Virumaa_algkoolid, lk 15
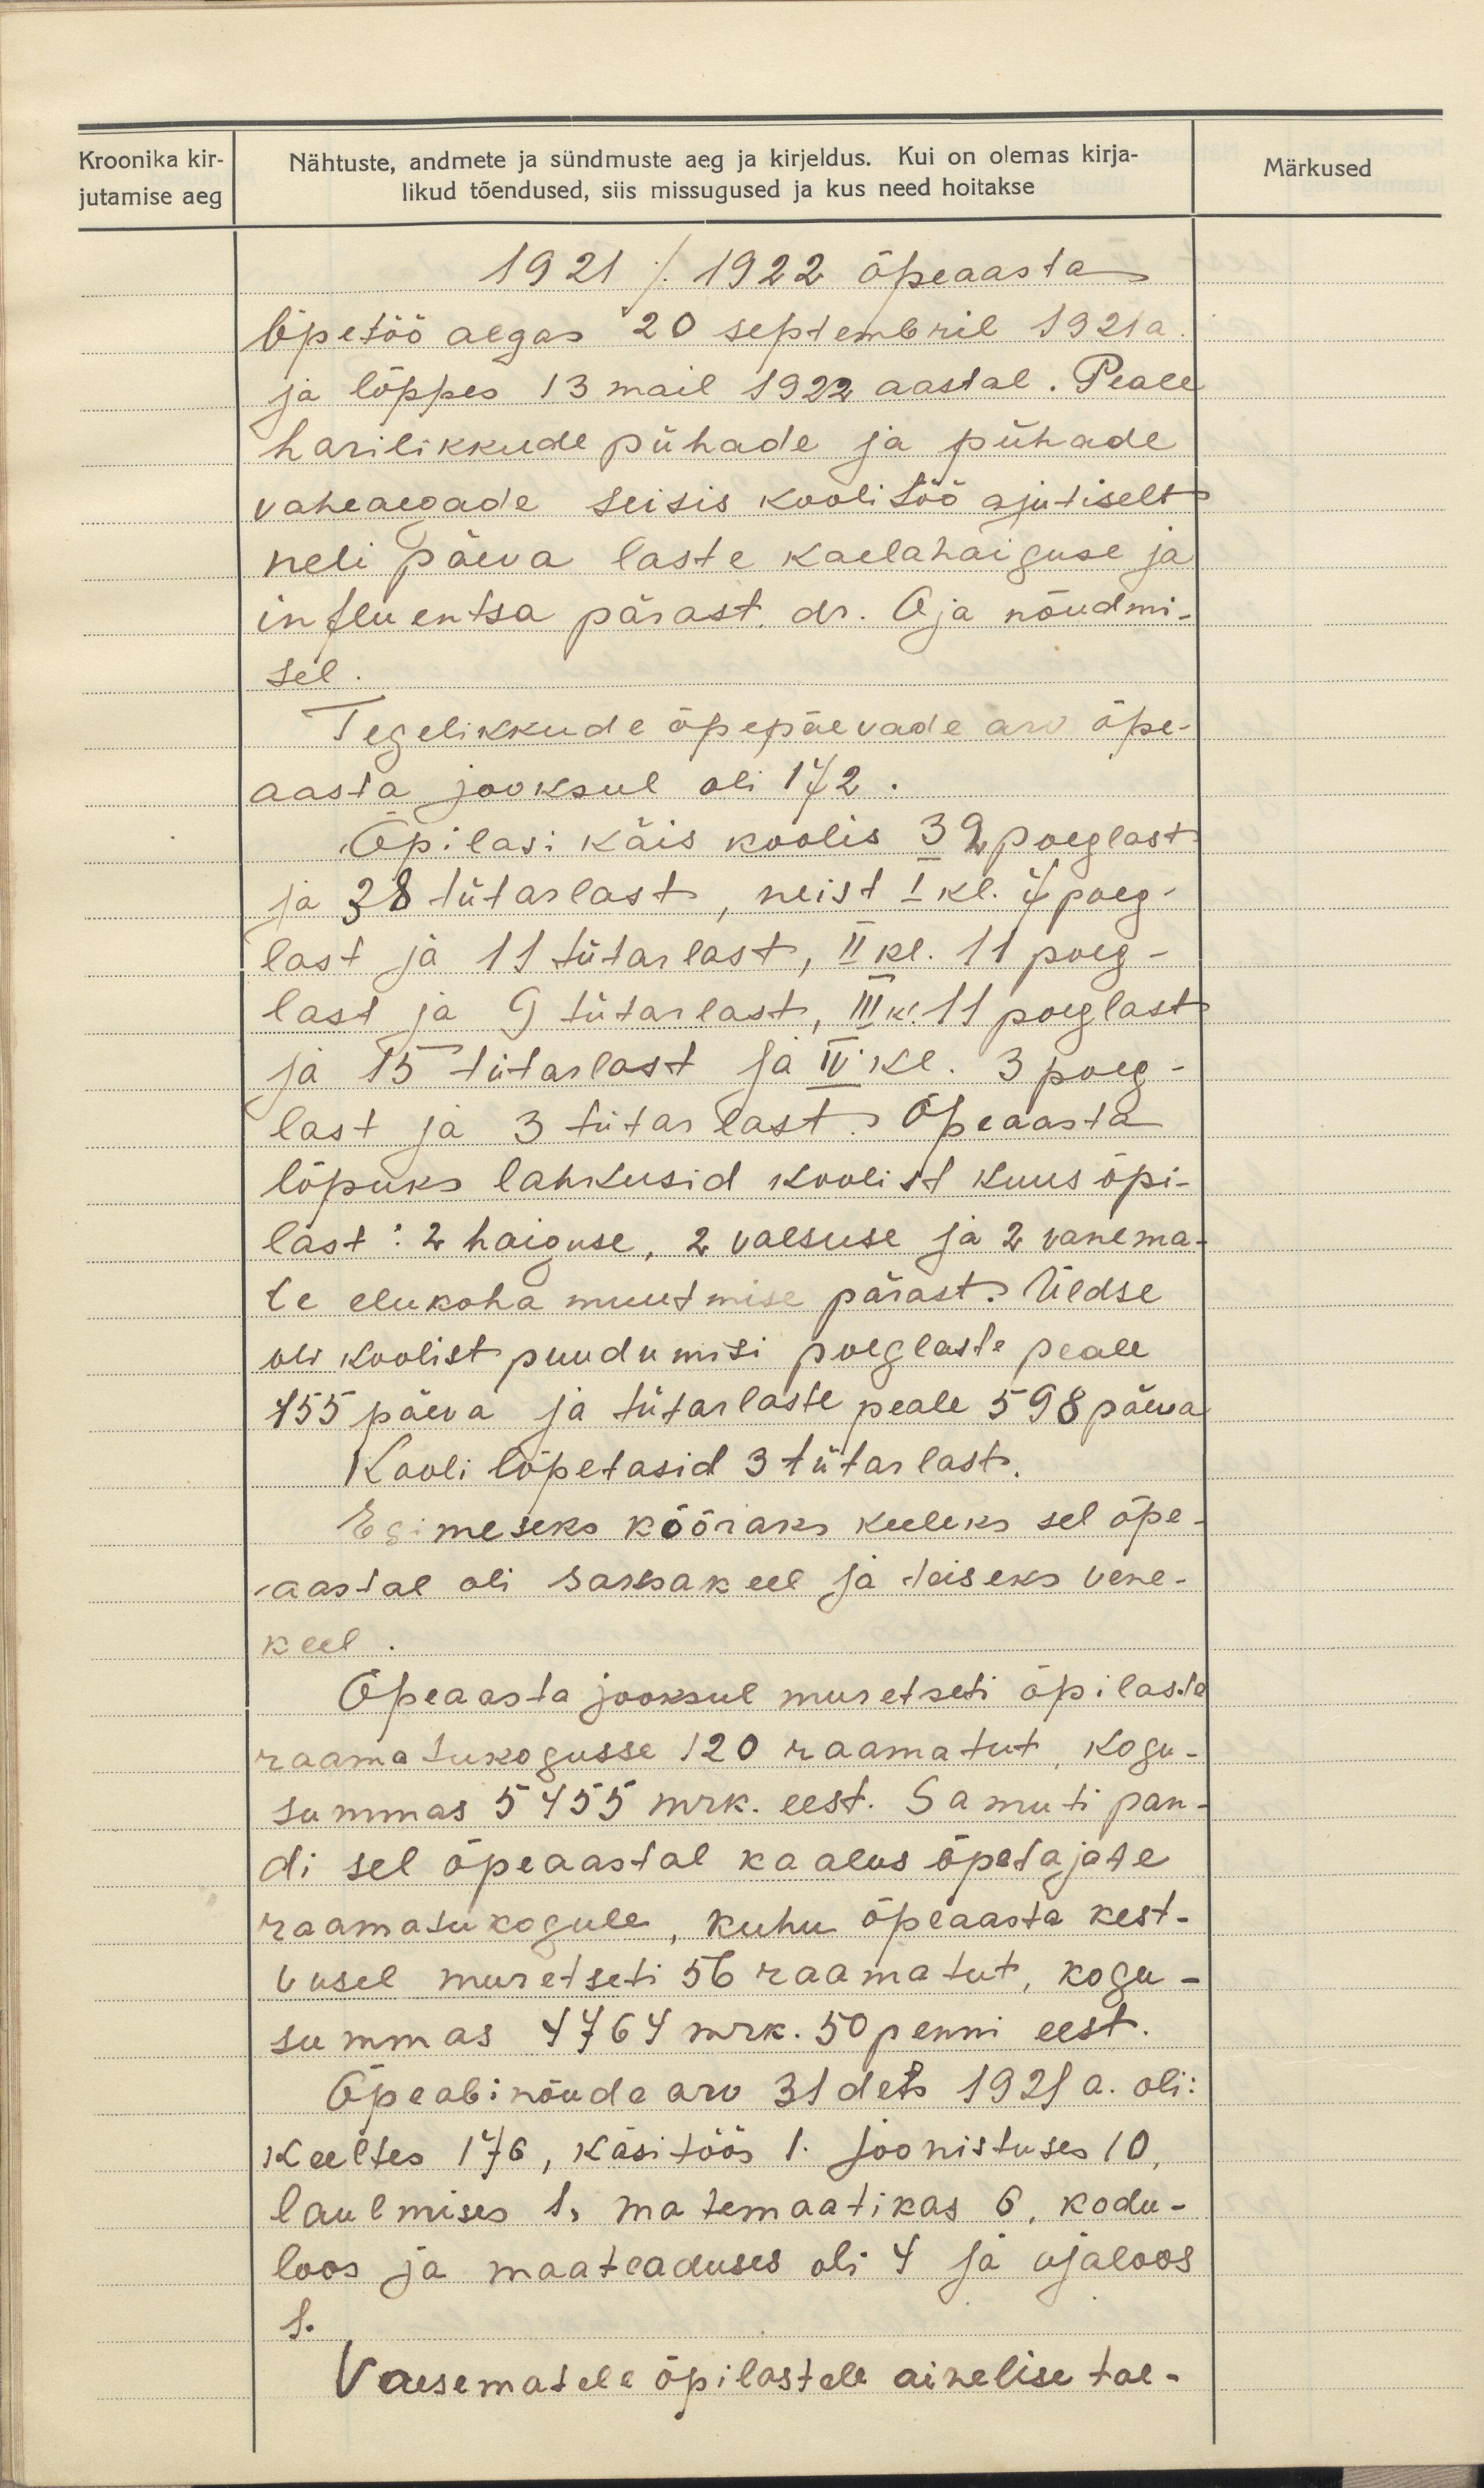
Kroonika kir-
jutamise aeg

Nähtuste, andmete ja sündmuste aeg ja kirjeldus. Kui on olemas kirja-
likud tõendused, siis missugused ja kus need hoitakse

Märkused

1921 / 1922 õpeaasta
õpetöö algas 20 septembril 1921a.
ja lõppes 13 mail 1922 aastal. Peale
harilikkude pühade ja pühade
vaheaegade seisis koolitöö ajutiselt
neli päeva laste kaelahaiguse ja
influentsa pärast. dr. Oja nõudmi-
sel.
Tegelikkude õppepäevade arv õpe-
aasta jooksul oli 172.
Õpilasi käis koolis 39 poeglast
ja 38 tütarlast, neist I kl. 7 poeg-
last ja 11 tütarlast, II kl. 11 poeg-
last ja 9 tütarlast, III kl. 11 poeglast
ja 15 tütarlast sa IV kl. 3 poeg-
last ja 3 tütar ast. Õpeaasta
lõpuks lahkusid koolist kuus õpi-
last: 2 haiguse, 2 vaesuse ja 2 vanema-
te elukoha muutmise pärast. Üldse
oli koolist puudumisi poeglaste peale
755 päeva ja tütarlaste peale 598 päeva.
Kooli lõpetasid 3 tütarlast.
Esimeseks vööraks keeleks sel õpe-
aastal oli saksa keel ja teiseks vene-
keel
Õpeaasta jooksul muretseti õpilaste
raamatukogusse 120 raamatut, kogu-
summas 5455 mrk. eest. Samuti pan-
di sel õpeaastal ka alus õpetajate
raamatukogule, kuhu õpeaasta kest-
vusel muretseti 56 raamatut, kogu-
summas 4764 mrk. 50 penni eest.
Õpeabinõude arv 31 dets 1920 a. oli:
Keeltes 176, käsitöös 1, joonistuses 10,
laulmises 1, matemaatikas 6, kodu-
loos ja maateaduses oli 4 ja ajaloos
8.
Vaesematele õpilastele ainelise toe-